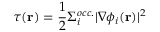
\tau ( \mathbf { r } ) = \frac { 1 } { 2 } \Sigma _ { i } ^ { o c c . } | \nabla \phi _ { i } ( \mathbf { r } ) | ^ { 2 }